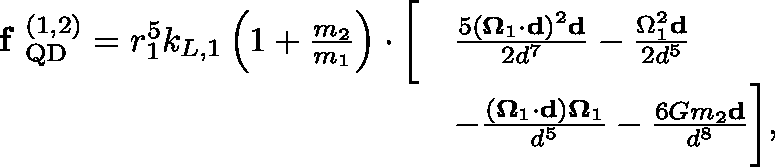
\begin{array} { r l } { \textbf { f } _ { \mathrm { Q D } } ^ { ( 1 , 2 ) } = r _ { 1 } ^ { 5 } k _ { L , 1 } \left( 1 + \frac { m _ { 2 } } { m _ { 1 } } \right) \cdot \bigg [ } & { \frac { 5 ( \mathbf { \Omega } _ { 1 } \cdot \mathbf { d } ) ^ { 2 } \mathbf { d } } { 2 d ^ { 7 } } - \frac { \Omega _ { 1 } ^ { 2 } \mathbf { d } } { 2 d ^ { 5 } } } \\ & { - \frac { ( \mathbf { \Omega } _ { 1 } \cdot \mathbf { d } ) \mathbf { \Omega } _ { 1 } } { d ^ { 5 } } - \frac { 6 G m _ { 2 } \mathbf { d } } { d ^ { 8 } } \bigg ] , } \end{array}